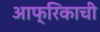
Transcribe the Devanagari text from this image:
आफ्रिकाची